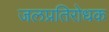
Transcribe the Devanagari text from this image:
जलप्रतिरोधक